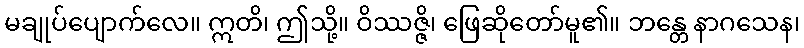
မချုပ်ပျောက်လေ။ ဣတိ၊ ဤသို့။ ဝိဿဇ္ဇိ၊ ဖြေဆိုတော်မူ၏။ ဘန္တေ နာဂသေန၊